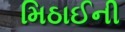
મિઠાઈની